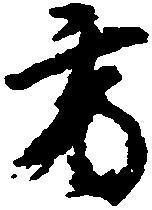
方